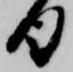
日